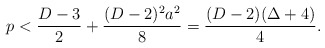
\begin{align*}p<{{D-3}\over 2}+{{(D-2)^2a^2}\over 8}={{(D-2)(\Delta+4)}\over 4}.\end{align*}